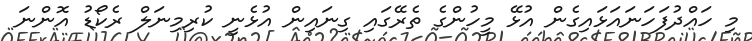
މި ހައްދުފަހަނައަޅައިގެން އުޅޭ މީހުންގެ ތެރޭގައި ގިނައިން އުޅެނީ ކުރިމިނަލް ރެކޯޑު އޮންނަ